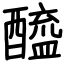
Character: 醯